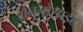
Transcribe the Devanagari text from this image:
ग्रैनुलोसाईट